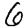
Digit: 6